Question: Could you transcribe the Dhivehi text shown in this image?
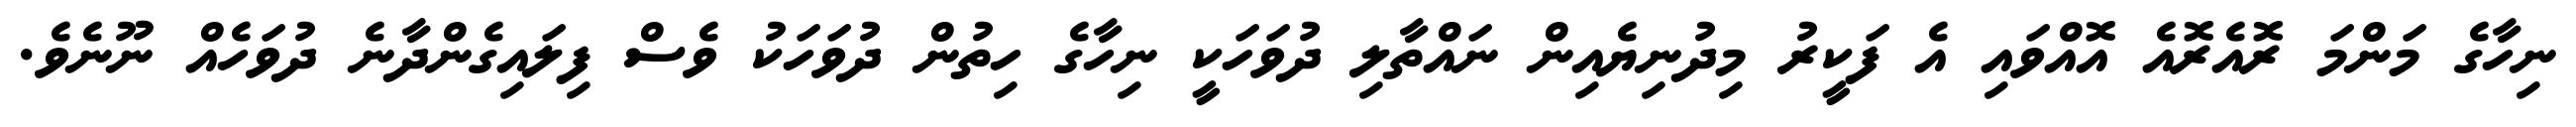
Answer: ނިހާގެ މަންމަ ރޮއެރޮއެ އޮއްވައި އެ ފަކީރު މިދުނިޔެއިން ނައްތާލި ދުވަހަކީ ނިހާގެ ހިތުން ދުވަހަކު ވެސް ފިލައިގެންދާނެ ދުވަހެއް ނޫނެވެ.